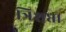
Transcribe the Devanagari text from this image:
त्रिशप्ता